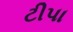
ટીપા